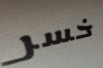
خسر